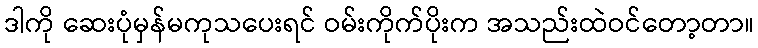
ဒါကို ဆေးပုံမှန်မကုသပေးရင် ဝမ်းကိုက်ပိုးက အသည်းထဲဝင်တော့တာ။